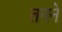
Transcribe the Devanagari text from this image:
तनने